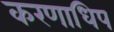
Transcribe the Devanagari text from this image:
करणाधिप